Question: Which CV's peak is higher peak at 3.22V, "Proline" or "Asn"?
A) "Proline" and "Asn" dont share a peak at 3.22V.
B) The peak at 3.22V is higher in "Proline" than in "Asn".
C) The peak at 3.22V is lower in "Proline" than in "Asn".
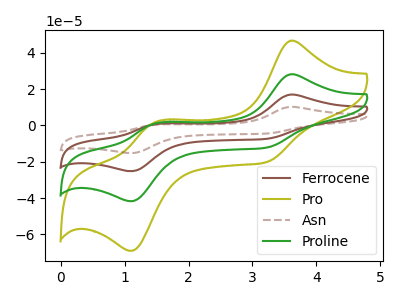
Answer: <think>The brown curve "Ferrocene" has anodic peaks at (3.60V, 56.40uA) (1.45V, 2.00uA) and cathodic peaks at (3.20V, -24.35uA) (1.10V, -83.35uA). The olive curve "Pro" has anodic peaks at (3.60V, 46.70uA) (1.45V, 1.65uA) and cathodic peaks at (3.20V, -20.20uA) (1.10V, -69.00uA). The brown dashed curve "Asn" has anodic peaks at (3.60V, 84.65uA) (1.45V, 3.00uA) and cathodic peaks at (3.20V, -36.55uA) (1.10V, -125.05uA). The green curve "Proline" has anodic peaks at (3.60V, 28.20uA) (1.45V, 1.00uA) and cathodic peaks at (3.20V, -12.20uA) (1.10V, -41.70uA).</think>
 <answer>C) The peak at 3.22V is lower in "Proline" than in "Asn".</answer>
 <eval>C</eval>